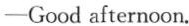
——Good afternoon.